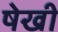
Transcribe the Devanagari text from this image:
षेखी